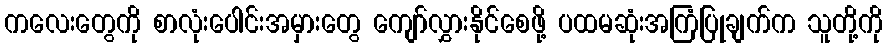
ကလေးတွေကို စာလုံးပေါင်းအမှားတွေ ကျော်လွှားနိုင်စေဖို့ ပထမဆုံးအကြံပြုချက်က သူတို့ကို